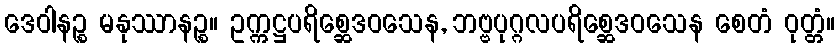
ဒေဝါနဉ္စ မနုဿာနဉ္စ။ ဥက္ကဋ္ဌပရိစ္ဆေဒဝသေန, ဘဗ္ဗပုဂ္ဂလပရိစ္ဆေဒဝသေန စေတံ ဝုတ္တံ။